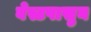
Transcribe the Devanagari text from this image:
वेस्टपासुन